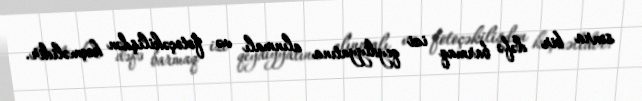
sonra bir dəfə barmaq izi qeydiyyatına alınmalı və fotoçəkilişdən keçməlidir.